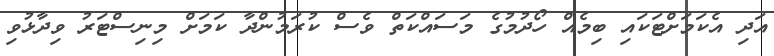
އަދި އެކަމަށްޓަކައި ބިމެއް ހޯދުމުގެ މަސައްކަތް ވެސް ކުރަމުންދާ ކަމަށް މިނިސްޓަރު ވިދާޅުވި